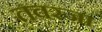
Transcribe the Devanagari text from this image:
तवरजा